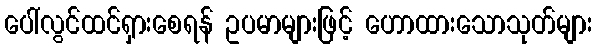
ပေါ်လွင်ထင်ရှားစေရန် ဥပမာများဖြင့် ဟောထားသောသုတ်များ